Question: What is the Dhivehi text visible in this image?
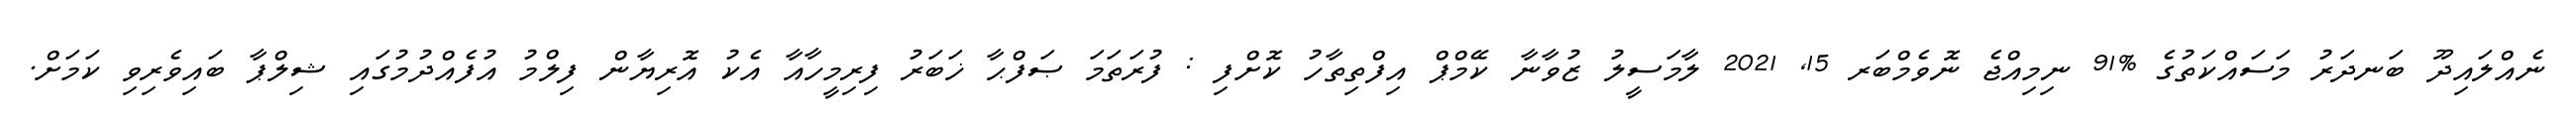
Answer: ނެއްލައިދޫ ބަނދަރު މަސައްކަތުގެ %91 ނިމިއްޖެ ނޮވެމްބަރ 15, 2021 ލާމަސީލު ޒުވާނާ ކޭމްޕް އިފްތިތާހު ކޮށްފި : ފުރަތަމަ ޞަފްޙާ ޚަބަރު ފިރިމީހާއާ އެކު އޮރިޔާން ފިލްމު އުފެއްދުމުގައި ޝިލްޕާ ބައިވެރިވި ކަމަށް.